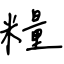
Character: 糧